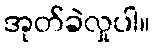
အုတ်ခဲလှုပါ။